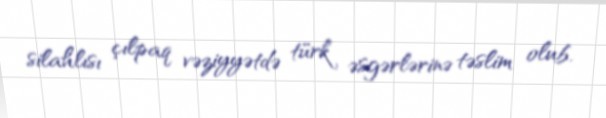
silahlısı çılpaq vəziyyətdə türk əsgərlərinə təslim olub.